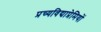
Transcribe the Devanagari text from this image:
प्रच्यविद्याप्रेमियों